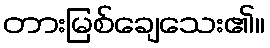
တားမြစ်ချေသေး၏။